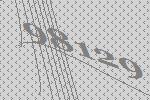
98129